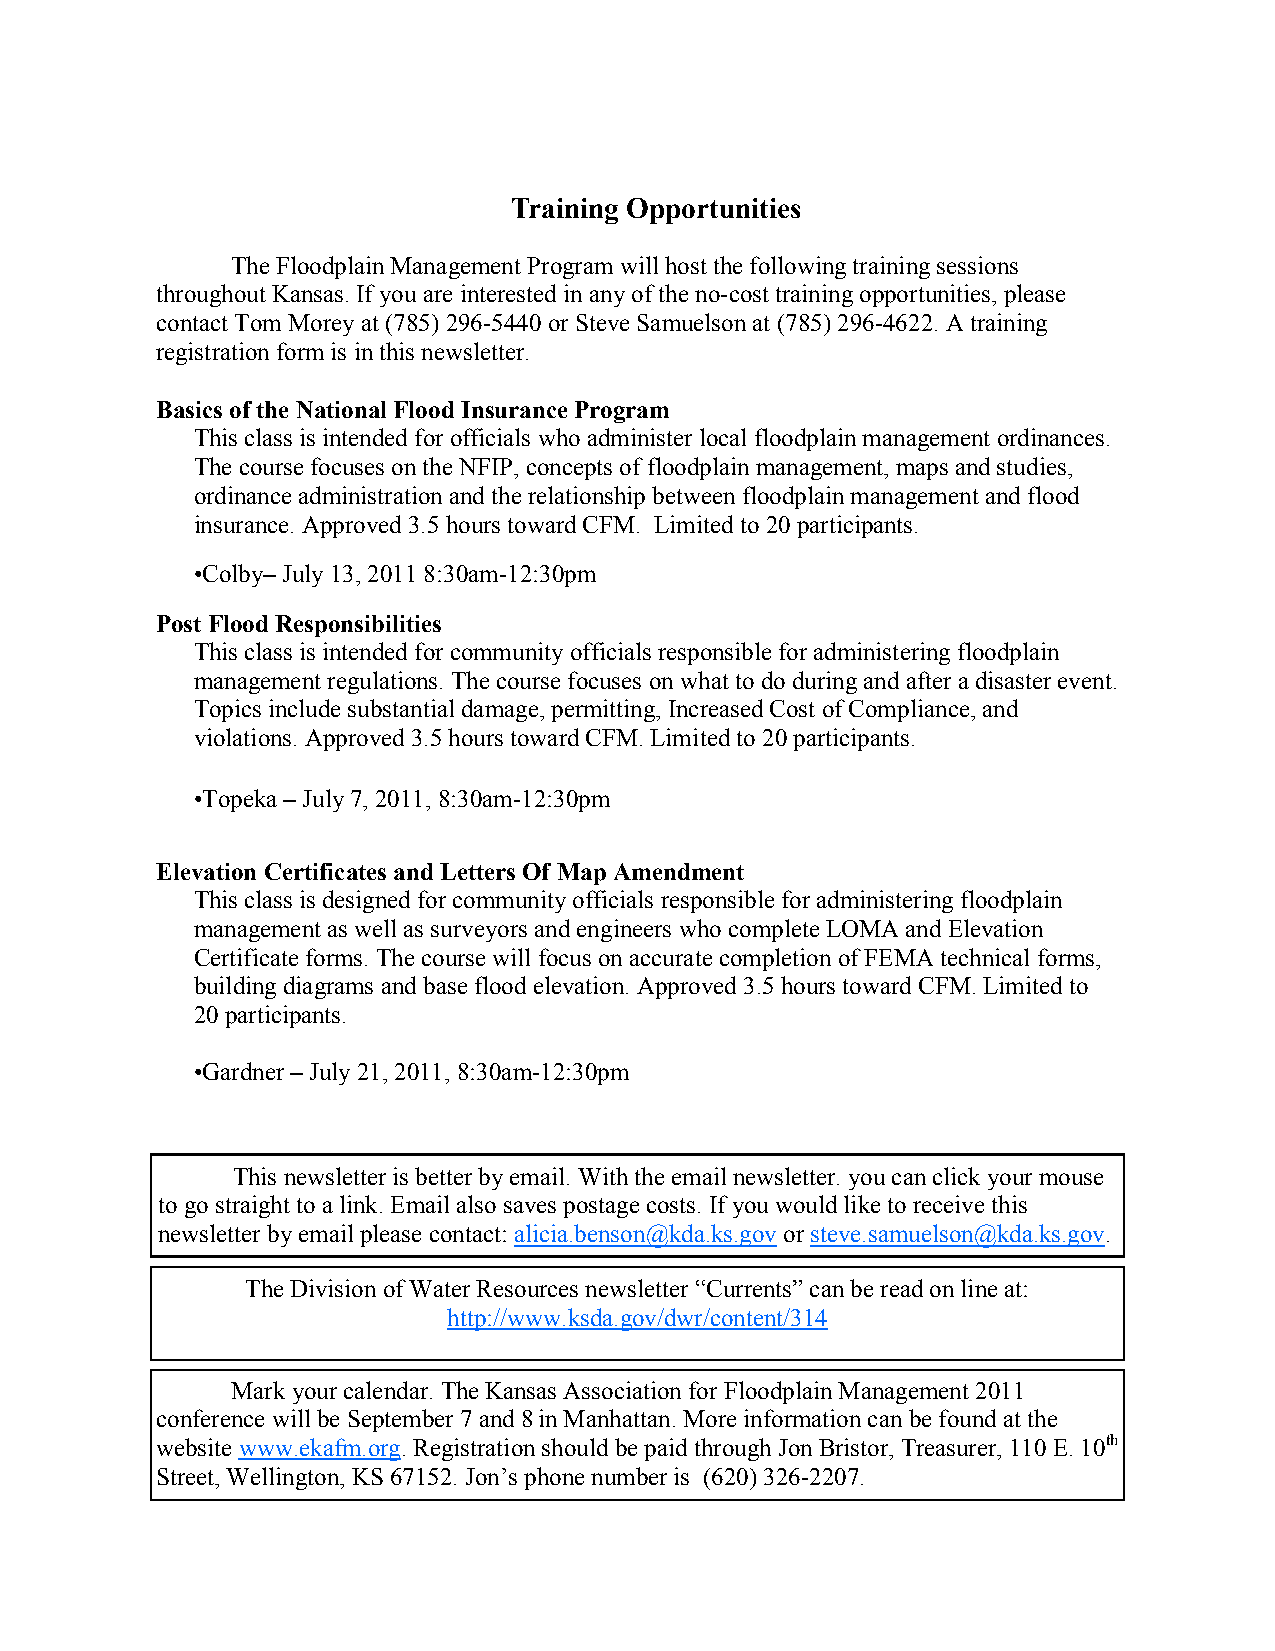
Training Opportunities
 The Floodplain Management Program will host the following training sessions
 throughout Kansas. If you are interested in any of the no-cost training opportunities, please
 contact Tom Morey at (785) 296-5440 or Steve Samuelson at (785) 296-4622. A training
 registration form is in this newsletter.
 Basics of the National Flood Insurance Program
 This class is intended for officials who administer local floodplain management ordinances.
 The course focuses on the NFIP, concepts of floodplain management, maps and studies,
 ordinance administration and the relationship between floodplain management and flood
 insurance. Approved 3.5 hours toward CFM. Limited to 20 participants.
 •Colby– July 13, 2011 8:30am-12:30pm
 Post Flood Responsibilities
 This class is intended for community officials responsible for administering floodplain
 management regulations. The course focuses on what to do during and after a disaster event.
 Topics include substantial damage, permitting, Increased Cost of Compliance, and
 violations. Approved 3.5 hours toward CFM. Limited to 20 participants.
 •Topeka – July 7, 2011, 8:30am-12:30pm
 Elevation Certificates and Letters Of Map Amendment
 This class is designed for community officials responsible for administering floodplain
 management as well as surveyors and engineers who complete LOMA and Elevation
 Certificate forms. The course will focus on accurate completion of FEMA technical forms,
 building diagrams and base flood elevation. Approved 3.5 hours toward CFM. Limited to
 20 participants.
 •Gardner – July 21, 2011, 8:30am-12:30pm
 This newsletter is better by email. With the email newsletter. you can click your mouse
 to go straight to a link. Email also saves postage costs. If you would like to receive this
 newsletter by email please contact: alicia.benson@kda.ks.gov or steve.samuelson@kda.ks.gov.
 The Division of Water Resources newsletter “Currents” can be read on line at:
 http://www.ksda.gov/dwr/content/314
 Mark your calendar. The Kansas Association for Floodplain Management 2011
 conference will be September 7 and 8 in Manhattan. More information can be found at the
 website www.ekafm.org. Registration should be paid through Jon Bristor, Treasurer, 110 E. 10th
 Street, Wellington, KS 67152. Jon’s phone number is (620) 326-2207.